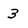
Character: 3